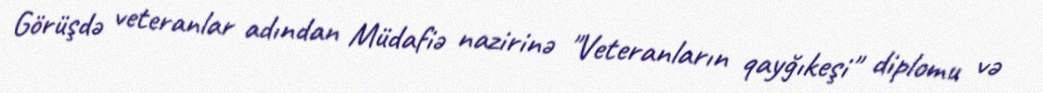
Görüşdə veteranlar adından Müdafiə nazirinə "Veteranların qayğıkeşi" diplomu və